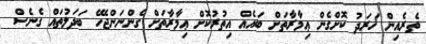
ތެރެއިން ޚަރަދު ކޮށްގެން ޢިމާރާތަށް ބައެއް އިތުރުކޮށް ޢިމާރާތަށް ގެންނަންޖެހޭ ބަދަލުތައް ގެނެސް